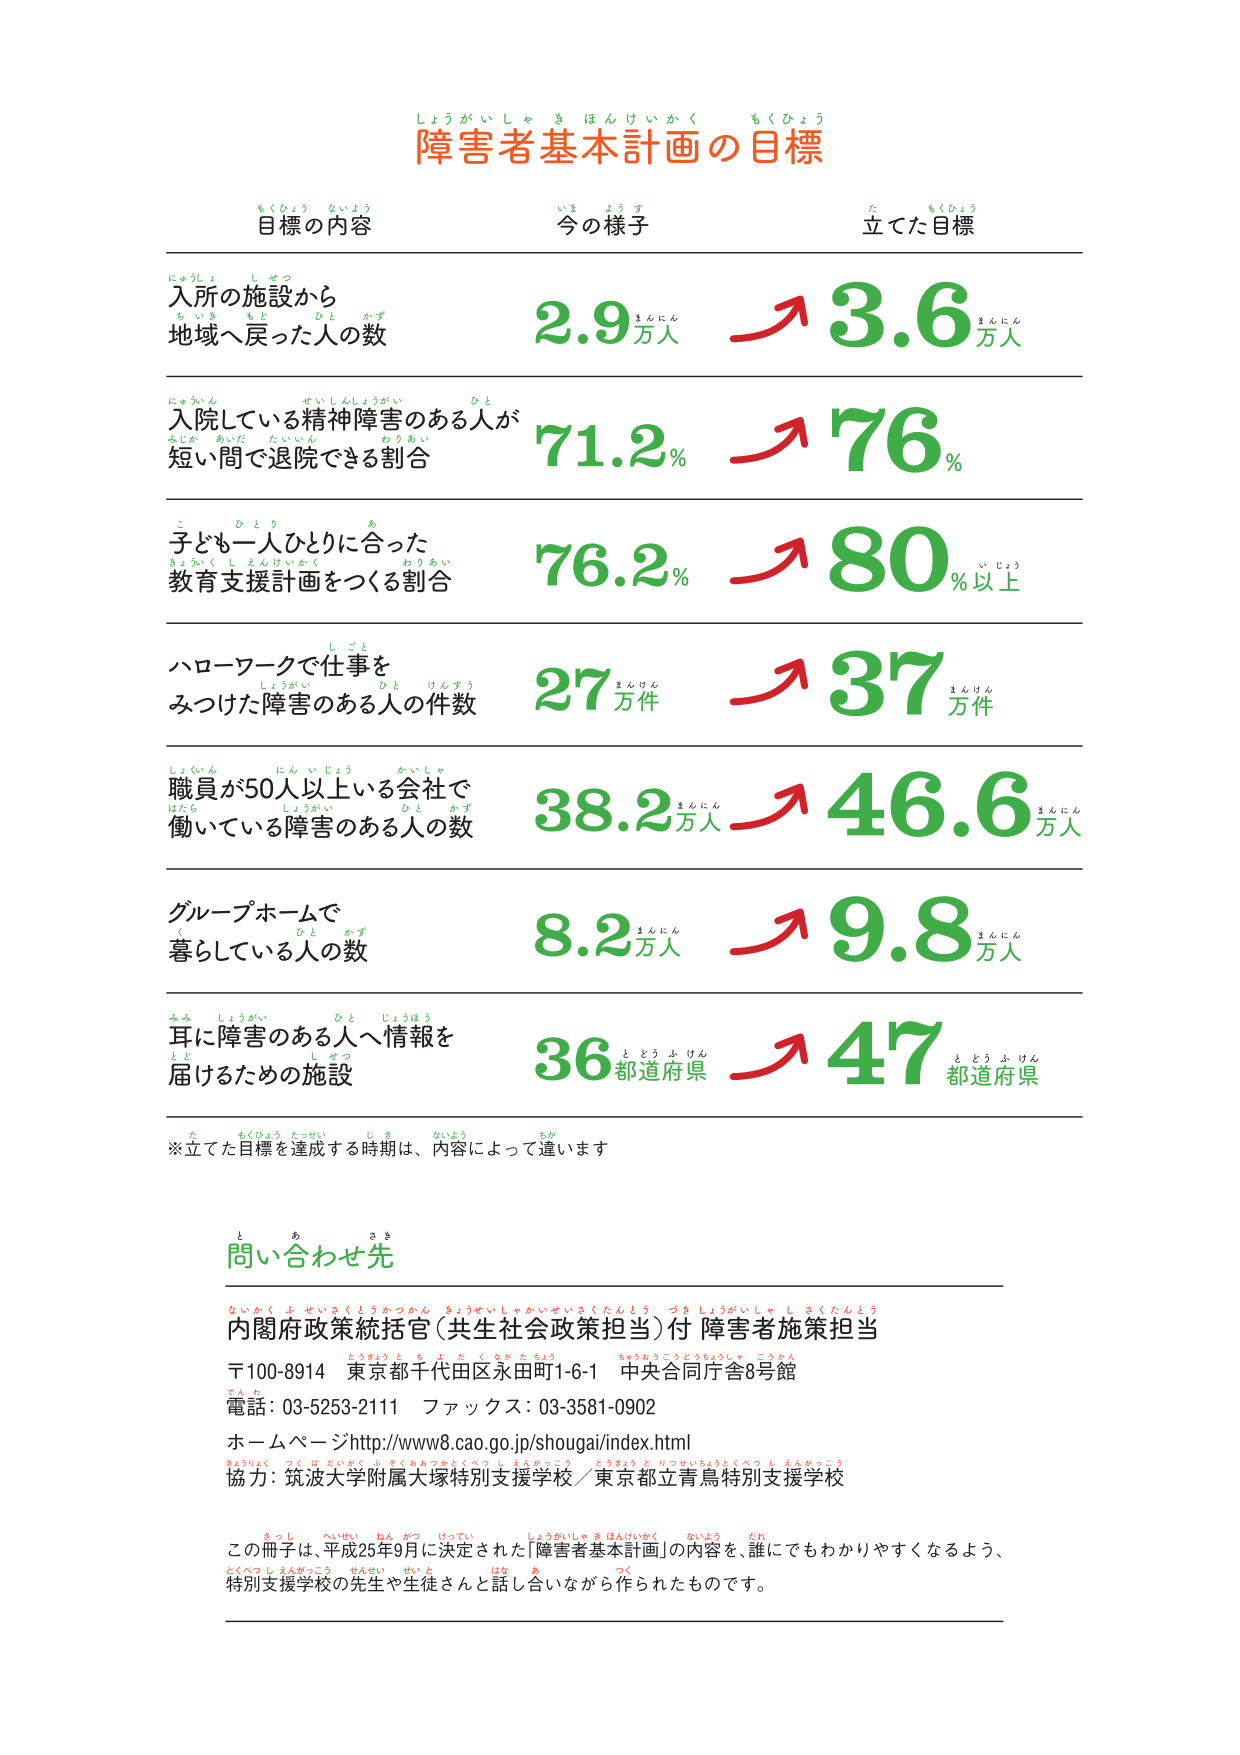
しょうがいしゃ き ほんけいかく もくひょう
障害者基本計画の目標

もくひょう ないよう いま ようす た もくひょう
目標の内容 今の様子 立てた目標

にゅうしょ しせつ
ちいき もと ひと かず
入所の施設から
地域へ戻った人の数
2.9 まんにん → 3.6 まんにん

にゅういん せいしんしょうがい ひと
みじか たいだ たいいん わりあい
入院している精神障害のある人が
短い間で退院できる割合
71.2% → 76%

こ ひとり あ
きょういく し えんけいかく わりあい
子ども一人ひとりに合った
教育支援計画をつくる割合
76.2% → 80% いじょう

し ごと
しょうがい ひと けんすう
ハローワークで仕事を
みつけた障害のある人の件数
27 まんけん → 37 まんけん

しょくいん にん じょう かいしゃ
はたら しょうがい ひと かず
職員が50人以上の会社で
働いている障害のある人の数
38.2 まんにん → 46.6 まんにん

グループホームで
く ひと かず
暮らしている人の数
8.2 まんにん → 9.8 まんにん

みみ しょうがい ひと じょうほう
と しせつ
耳に障害のある人へ情報を
届けるための施設
36 とどうふけん → 47 とどうふけん

※立てた目標を達成する時期は、内容によって違います

と あ さま
問い合わせ先

ないかく ふ せいさくとうかつかん きょうせいしゃかいせいさくたんとう づき しょうがいしゃ しせくたんとう
内閣府政策統括官（共生社会政策担当）付 障害者施策担当
〒100-8914 東京都千代田区永田町1-6-1 中央合同庁舎8号館
でんわ 03-5253-2111 ファックス：03-3581-0902
ホームページ：http://www8.cao.go.jp/shougai/index.html
きょうりょく つく ば だいがく ふ そく おおつかとくべつ し えんがっこう とうきょうと りつ せいちょうとくべつ し えんがっこう
協力：筑波大学附属大塚特別支援学校／東京都立青鳥特別支援学校

こ さし へいせい ねん がつ けってい しょうがいしゃ き ほんけいかく ないよう だれ
とくべつ し えんがっこう せんせい せいと はな あ つく
この冊子は、平成25年9月に決定された「障害者基本計画」の内容を、誰にでもわかりやすくなるよう、
特別支援学校の先生や生徒さんと話し合いながら作られたものです。